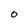
Character: O